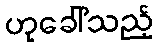
ဟုခေါ်သည့်